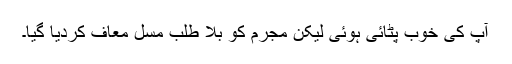
آپ کی خوب پٹائی ہوئی لیکن مجرم کو بلا طلب مسل معاف کردیا گیا۔